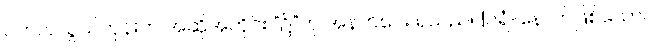
ဝိဘတ်သွယ်တုန်းက အဆိုအတိုင်း “၌”ဟု အနက်ပေး ရသည်။ [ပရံ-နောက်ဖြစ်သော၊